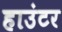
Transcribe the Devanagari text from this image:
हाउंटर